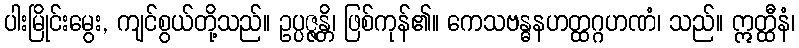
ပါးမြိုင်းမွေး, ကျင်စွယ်တို့သည်။ ဥပ္ပဇ္ဇန္တိ၊ ဖြစ်ကုန်၏။ ကေသဗန္ဓနဟတ္ထဂ္ဂဟဏံ၊ သည်။ ဣတ္ထီနံ၊